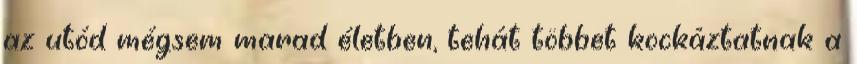
az utód mégsem marad életben, tehát többet kockáztatnak a